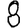
Digit: 8